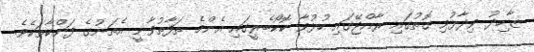
ޒާހިދު ވިދާޅުވި ގޮތުގައި ރާއްޖޭގައި ހުޅުވާ ކޮކޯބެރީގައި އެންމެ ތަފާތުވާނީ އެތަނުގެ ފަންކާތަކެވެ.